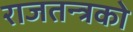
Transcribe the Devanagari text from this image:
राजतन्त्रको